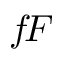
f \! F